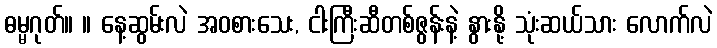
ဓမ္မဂုတ်။ ။ နေ့ဆွမ်းလဲ အဝစားသေး, ငါးကြီးဆီတစ်ဇွန်းနဲ့ နွားနို့ သုံးဆယ်သား လောက်လဲ